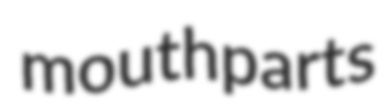
mouthparts